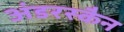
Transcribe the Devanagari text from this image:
अंडरस्कैन